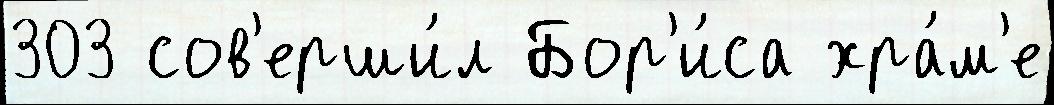
303 сов'ерши́л Бор'и́са хра́м'е